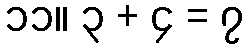
၁၁။ ၃ + ၄ = ၇